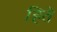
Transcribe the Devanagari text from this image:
हिते